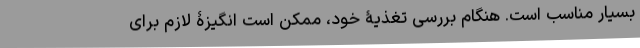
بسیار مناسب است. هنگام بررسی تغذیۀ خود، ممکن است انگیزۀ لازم برای